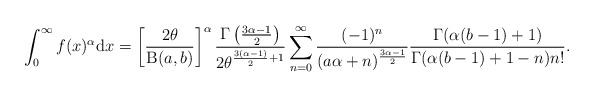
\begin{align*}\int^\infty_0 f(x)^\alpha \mathrm{d}x=\left[\frac{2\theta}{\operatorname{B}(a,b)}\right]^\alpha\frac{\Gamma\left( \frac{3\alpha-1}{2}\right)}{2\theta^{\frac{3(\alpha-1)}{2}+1}}\sum^\infty_{n=0}\frac{(-1)^n}{(a\alpha+n)^{\frac{3\alpha-1}{2}}}\frac{\Gamma(\alpha(b-1)+1)}{\Gamma(\alpha(b-1)+1-n)n!}.\end{align*}